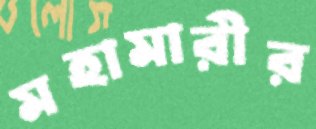
মহামারীর